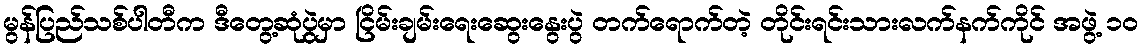
မွန်ပြည်သစ်ပါတီက ဒီတွေ့ဆုံပွဲမှာ ငြိမ်းချမ်းရေးဆွေးနွေးပွဲ တက်ရောက်တဲ့ တိုင်းရင်းသားလက်နက်ကိုင် အဖွဲ့ ၁၀